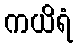
ကယိရံ